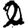
Digit: 2